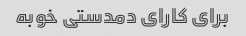
برای کارای دمدستی خوبه